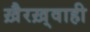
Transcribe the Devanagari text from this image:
ख़ैरख़्वाही